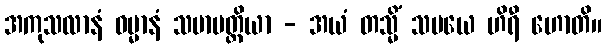
အကုသလာနံ ဓမ္မာနံ သမာပတ္တိယာ - အယံ တသ္မိံ သမယေ ဟိရီ ဟောတိ။